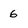
Character: 6